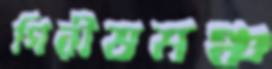
গিরীষমঞ্চ